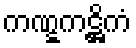
ကဏ္ဋကဋ္ဌိကံ